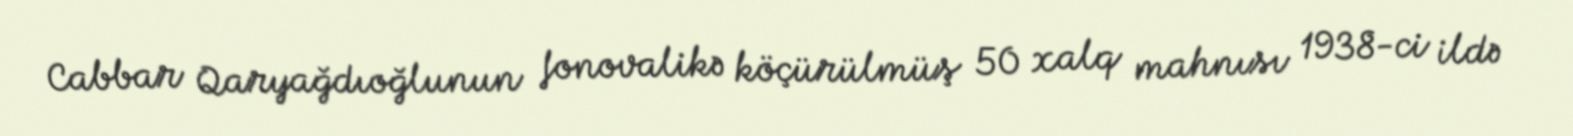
Cabbar Qaryağdıoğlunun fonovalikə köçürülmüş 50 xalq mahnısı 1938-ci ildə